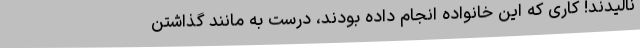
نالیدند! کاری که این خانواده انجام داده بودند، درست به مانند گذاشتن